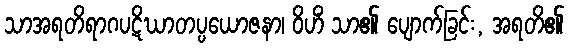
သာအရတိရာဂပဋိဃာတပ္ပယောဇနာ၊ ဝိဟိံ သာ၏ ပျောက်ခြင်း, အရတိ၏